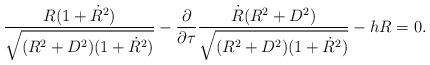
LaTeX: \begin{align*}\frac{R(1+{\dot R}^2)}{\sqrt{(R^2+D^2)(1+{\dot R}^2)}}-\frac{\partial}{\partial\tau}\frac{{\dot R}(R^2+D^2)}{\sqrt{(R^2+D^2)(1+{\dot R}^2)}}-hR =0.\end{align*}